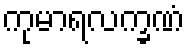
ကုမာရလက္ခဏံ